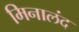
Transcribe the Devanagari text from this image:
मिनालंद